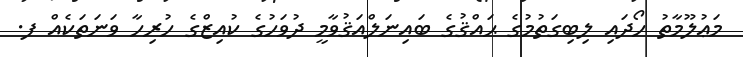
މަޢުލޫމާތު ހޯދައި ލިބިގަތުމުގެ ޙައްޤުގެ ބައިނަލްއަޤުވާމީ ދުވަހުގެ ކުއިޒްގެ ހުރިހާ ވަނަތަކެއް ފ.